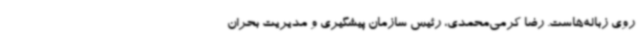
روی زباله‌هاست. رضا کرمی‌محمدی، رئیس سازمان پیشگیری و مدیریت بحران